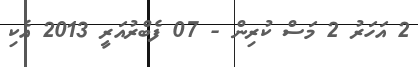
2 އަހަރު 2 މަސް ކުރިން - 07 ފެބްރުއަރީ 2013 އެކި